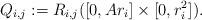
LaTeX: \begin{align*} Q_{i,j} := R_{i,j}([0,Ar_i] \times [0,r_i^2]).\end{align*}